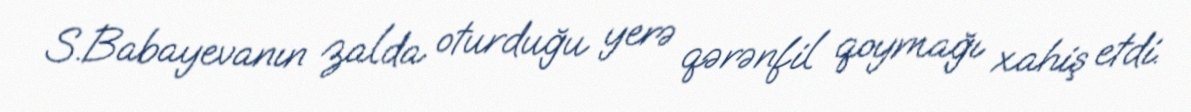
S.Babayevanın zalda oturduğu yerə qərənfil qoymağı xahiş etdi.